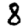
Digit: 8